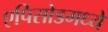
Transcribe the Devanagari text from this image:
एपिसोडमध्ये